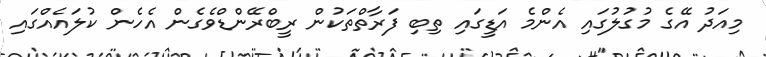
މިއަދު އޭގެ މުގުލުގައި އެންމެ އަޑީގައި ތިބި ފަރާތްތަކުން ރީބްރޭންޑްވެގެން އެހެން ކުލައެއްގައި